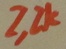
Text: 2,2K